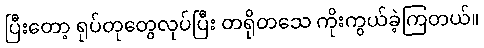
ပြီးတော့ ရုပ်တုတွေလုပ်ပြီး တရိုတသေ ကိုးကွယ်ခဲ့ကြတယ်။